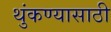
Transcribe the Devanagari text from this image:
थुंकण्यासाठी